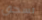
تسحق